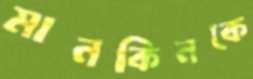
মানকিনকে